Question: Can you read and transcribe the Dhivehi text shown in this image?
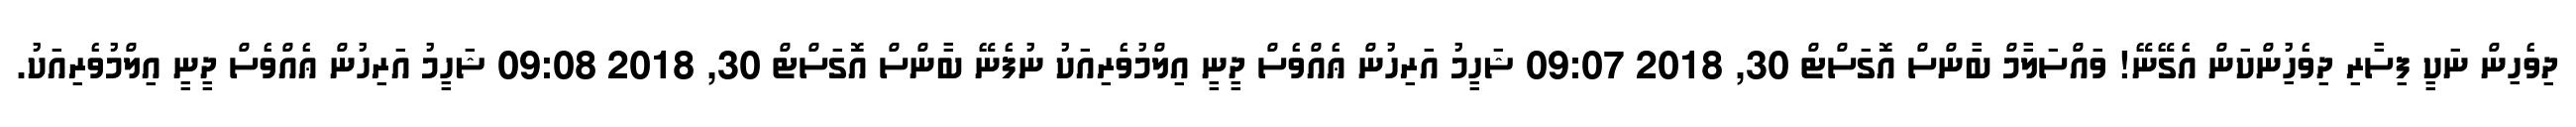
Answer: ދިވެހިން ނަކީ ފިސާރި ދިވެހުިންކަން އެގޭނޭ! ވައްސަލާމް ބާންސް އޮގަސްޓް 30, 2018 09:07 ޝަހީމު އަރިހުން ޢެއްވެސް ދީނީ އިލްމުވެރިއަކު ނުފެނޭ ބާންސް އޮގަސްޓް 30, 2018 09:08 ޝަހީމު އަރިހުން ޢެއްވެސް ދީނީ އިލްމުވެރިއަކު.